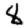
Digit: 8